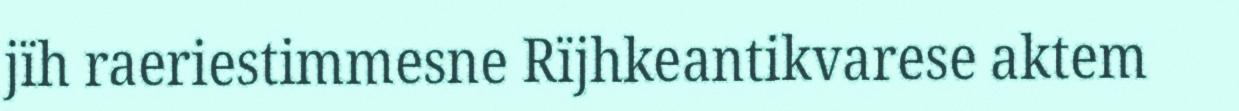
jïh raeriestimmesne Rïjhkeantikvarese aktem